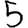
Digit: 5